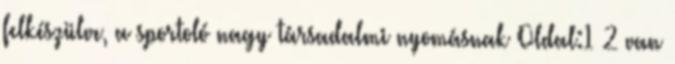
felkészülve, a sportoló nagy társadalmi nyomásnak Oldal:1 2 van